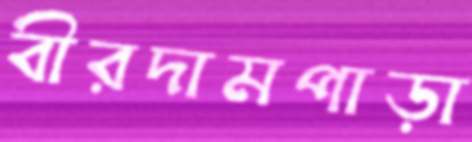
বীরদামপাড়া